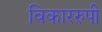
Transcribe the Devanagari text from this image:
विकाररुपी